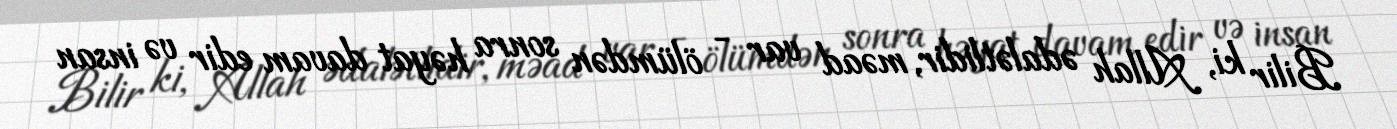
Bilir ki, Allah ədalətlidir, məad var - ölümdən sonra həyat davam edir və insan